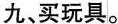
九、买玩具。